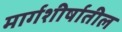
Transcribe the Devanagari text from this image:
मार्गशीर्षातील